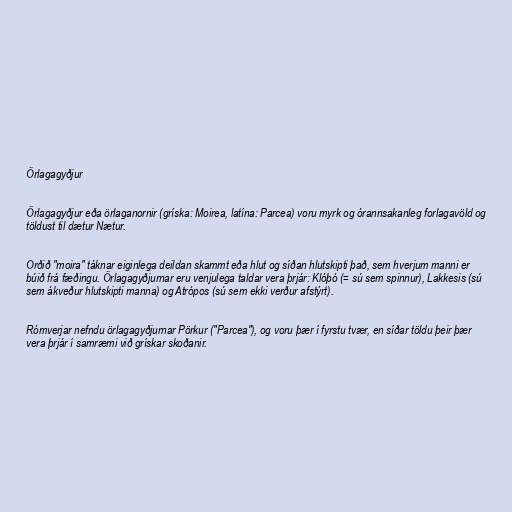
Örlagagyðjur

Örlagagyðjur eða örlaganornir (gríska: Moirea, latína: Parcea) voru myrk og órannsakanleg forlagavöld og
töldust til dætur Nætur.

Orðið "moira" táknar eiginlega deildan skammt eða hlut og síðan hlutskipti það, sem hverjum manni er
búið frá fæðingu. Örlagagyðjurnar eru venjulega taldar vera þrjár: Klóþó (= sú sem spinnur), Lakkesis (sú
sem ákveður hlutskipti manna) og Atrópos (sú sem ekki verður afstýrt).

Rómverjar nefndu örlagagyðjurnar Pörkur ("Parcea"), og voru þær í fyrstu tvær, en síðar töldu þeir þær
vera þrjár í samræmi við grískar skoðanir.